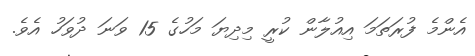
އެންމެ ފުރަތަމަ އިއުލާން ކުރީ މިދިޔަ މަހުގެ 15 ވަަނަ ދުވަހު އެވެ.